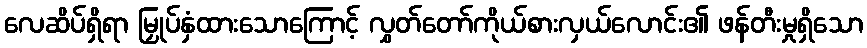
လေဆိပ်ရှိရာ မြှုပ်နှံထားသောကြောင့် လွှတ်တော်ကိုယ်စားလှယ်လောင်း၏ ဖန်တီးမှုရှိသော